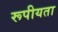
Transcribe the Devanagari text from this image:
रूपीयता